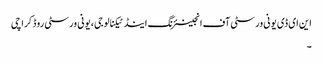
این ای ڈی یونی ورسٹی آف انجینئرنگ اینڈ ٹیکنالوجی، یونی ورسٹی روڈ کراچی
۔